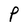
Character: P